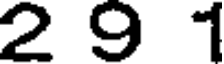
2 9 1